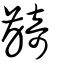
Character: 齮